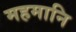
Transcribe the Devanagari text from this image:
महमानि